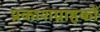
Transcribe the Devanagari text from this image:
प्रकाशग्राहकों